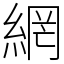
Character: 網